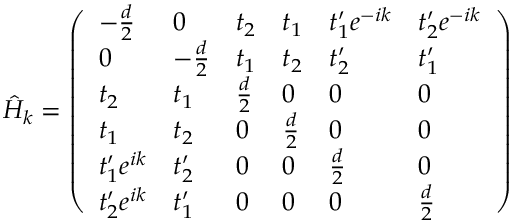
\hat { H } _ { k } = \left( \begin{array} { l l l l l l } { - \frac { d } { 2 } } & { 0 } & { t _ { 2 } } & { t _ { 1 } } & { t _ { 1 } ^ { \prime } e ^ { - i k } } & { t _ { 2 } ^ { \prime } e ^ { - i k } } \\ { 0 } & { - \frac { d } { 2 } } & { t _ { 1 } } & { t _ { 2 } } & { t _ { 2 } ^ { \prime } } & { t _ { 1 } ^ { \prime } } \\ { t _ { 2 } } & { t _ { 1 } } & { \frac { d } { 2 } } & { 0 } & { 0 } & { 0 } \\ { t _ { 1 } } & { t _ { 2 } } & { 0 } & { \frac { d } { 2 } } & { 0 } & { 0 } \\ { t _ { 1 } ^ { \prime } e ^ { i k } } & { t _ { 2 } ^ { \prime } } & { 0 } & { 0 } & { \frac { d } { 2 } } & { 0 } \\ { t _ { 2 } ^ { \prime } e ^ { i k } } & { t _ { 1 } ^ { \prime } } & { 0 } & { 0 } & { 0 } & { \frac { d } { 2 } } \end{array} \right)